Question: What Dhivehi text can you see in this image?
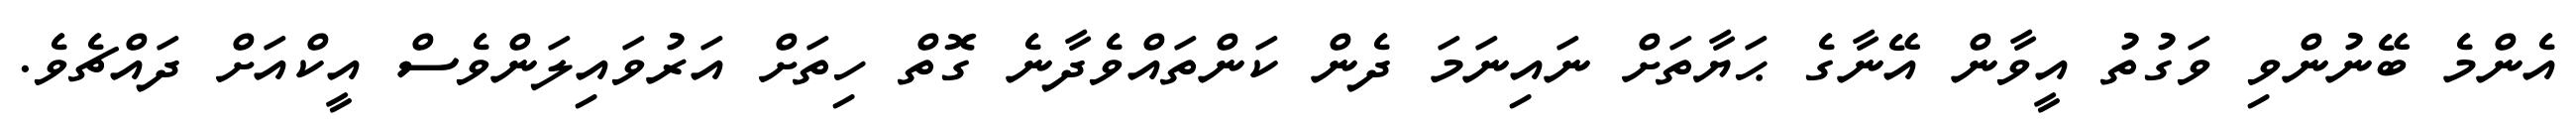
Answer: އެންމެ ބޭނުންވި ވަގުތު އީވާން އޭނާގެ ޙަޔާތަށް ނައިނަމަ ދެން ކަންތައްވެދާނެ ގޮތް ހިތަށް އަރުވައިލަންވެސް އީކްއަށް ދައްޗެވެ.